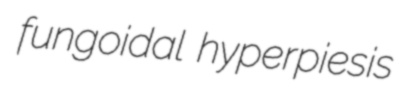
fungoidal hyperpiesis